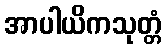
အာပါယိကသုတ္တံ